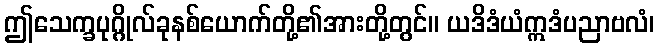
ဤသေက္ခပုဂ္ဂိုလ်ခုနစ်ယောက်တို့၏အားတို့တွင်။ ယဒိဒံယံဣဒံပညာဗလံ၊